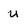
Character: u